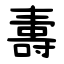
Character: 夀